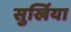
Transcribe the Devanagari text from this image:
सुर्खिया